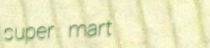
super mart